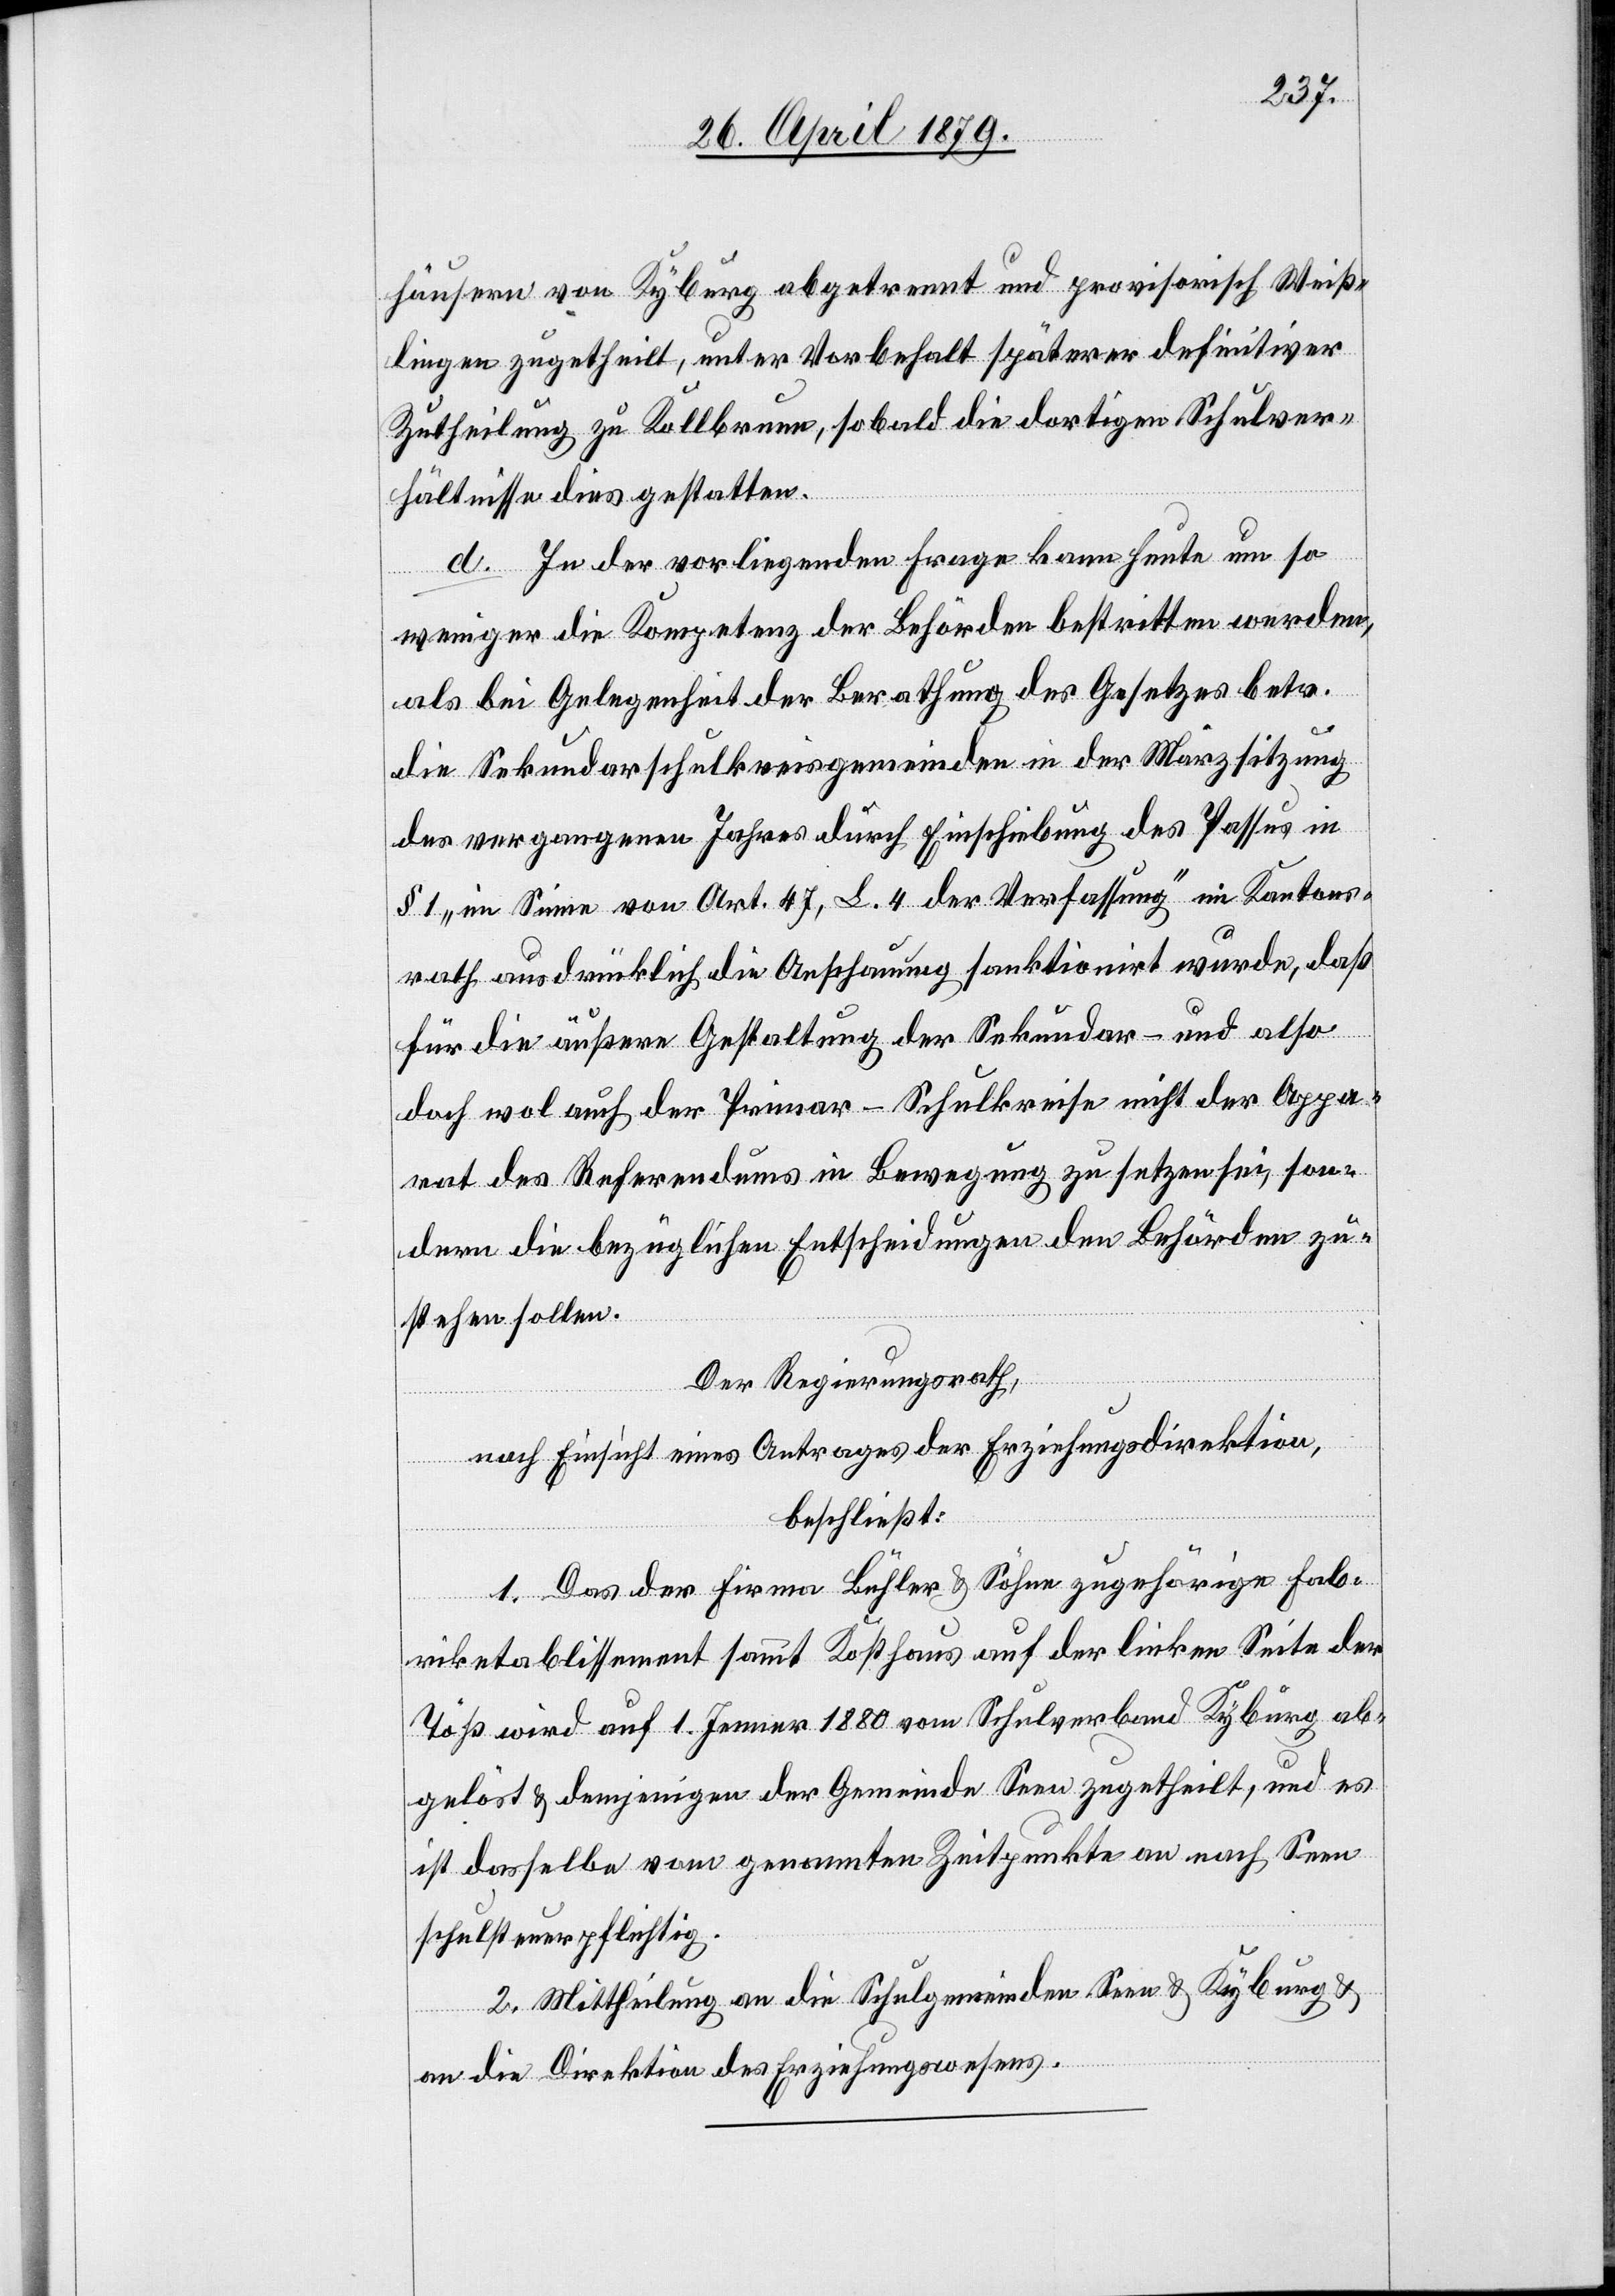
häusern von Kyburg abgetrennt und provisorisch Weiß¬
lingen zugetheilt, unter Vorbehalt späterer definitiver
Zutheilung zu Kollbrunn, sobald die dortigen Schulver¬
hältnisse dies gestatten.
d. In der vorliegenden Frage kann heute um so
weniger die Kompetenz der Behörden bestritten werden,
als bei Gelegenheit der Berathung des Gesetzes betr.
die Sekundarschulkreisgemeinden in der Märzsitzung
des vergangenen Jahres durch Einschiebung des Passus in
§ 1 „im Sinne von Art. 47, L. 4 der Verfassung“ im Kantons¬
rath ausdrücklich die Anschauung sanktionirt wurde, daß
für die äußere Gestaltung der Sekundar- und also
doch wol auch der Primar-Schulkreise nicht der Appa¬
rat des Referendums in Bewegung zu setzen sei, son¬
dern die bezüglichen Entscheidungen den Behörden zu¬
stehen sollen.
Der Regierungsrath,
nach Einsicht eines Antrages der Erziehungsdirektion,
beschließt:
1. Das der Firma Bühler & Söhne zugehörige Fab¬
riketablissement sammt Kosthaus auf der linken Seite der
Töß wird auf 1. Jenner 1880 vom Schulverband Kyburg ab¬
gelöst & demjenigen der Gemeinde Seen zugetheilt, und es
ist dasselbe vom genannten Zeitpunkte an nach Seen
schulsteuerpflichtig.
2. Mittheilung an die Schulgemeinden Seen & Kyburg &
an die Direktion des Erziehungswesens.